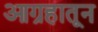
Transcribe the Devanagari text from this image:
आग्रहातून